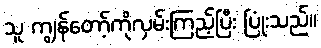
သူ ကျွန်တော့်ကိုလှမ်းကြည့်ပြီး ပြုံးသည်။